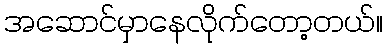
အဆောင်မှာနေလိုက်တော့တယ်။